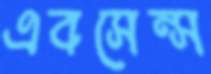
এবসেন্স